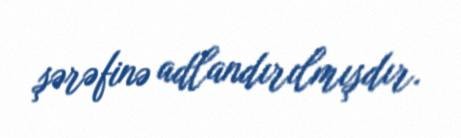
şərəfinə adlandırılmışdır.